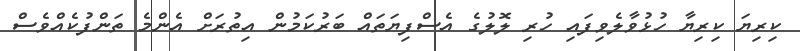
ކިރިޔަ ކިރިޔާ ހުޅުވާލެވިފައި ހުރި ލޮލުގެ އެސްފިޔަތައް ބަރުކަމުން އިތުރަށް އެންމެ ތަންފުކެއްވެސް